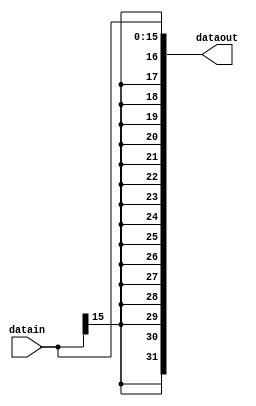
module signextd(datain, dataout);
input [15:0] datain;
output [31:0] dataout;
reg [31:0] dataout;
integer i;
always @ (datain)
begin
  dataout = $signed(datain);
end
endmodule